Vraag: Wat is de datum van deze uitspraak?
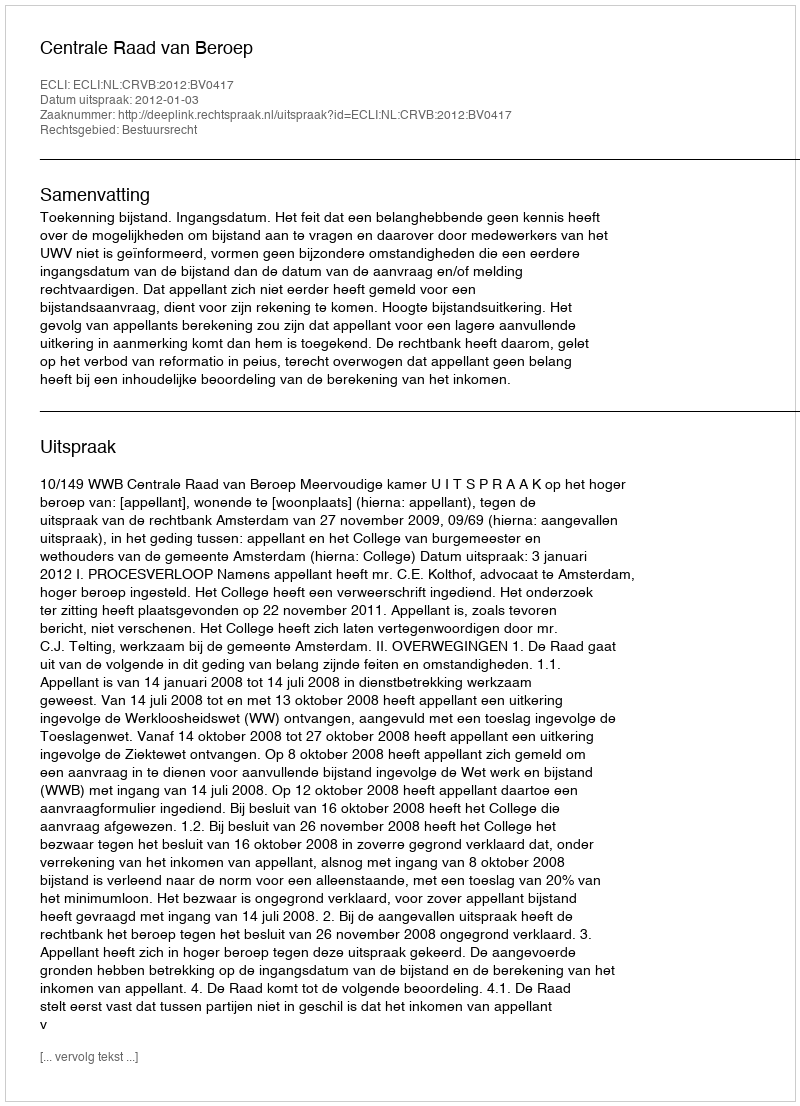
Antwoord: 2012-01-03